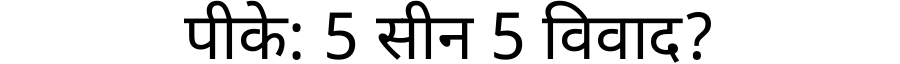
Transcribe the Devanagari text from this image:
पीके: 5 सीन 5 विवाद?